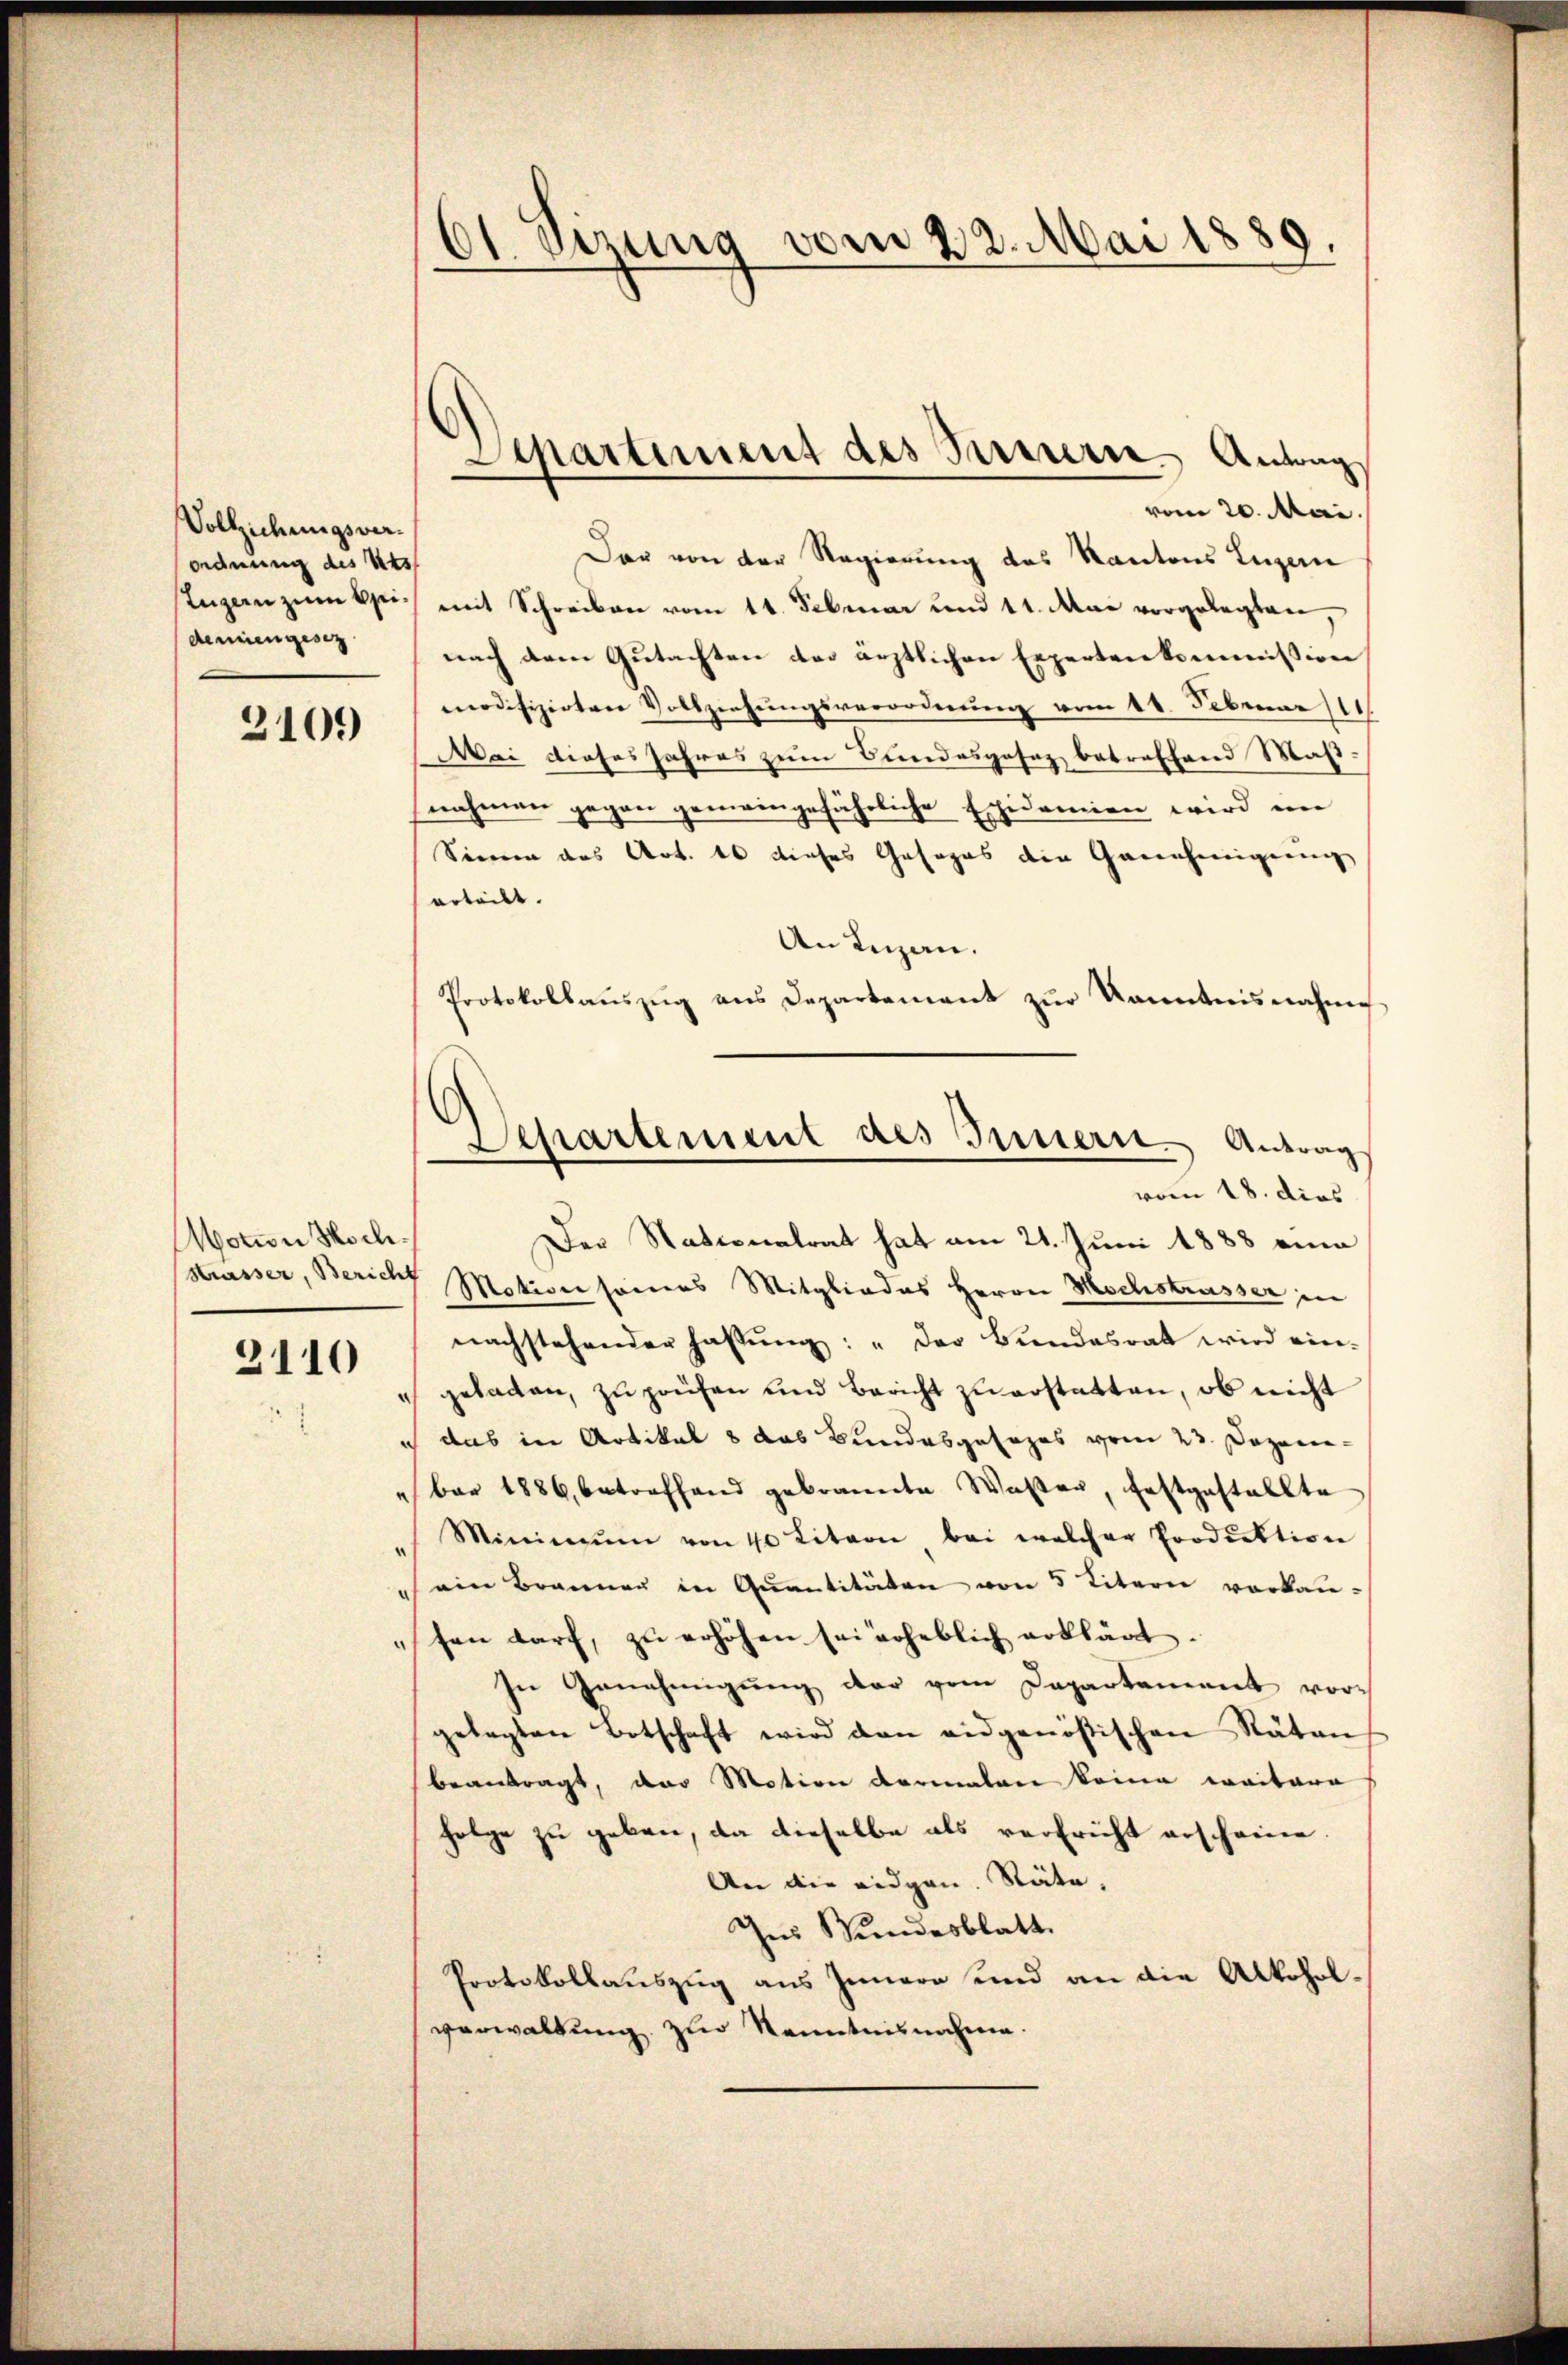
Vollziehungsverordnung des Urs
demien gesez

2109

Motion Hoch¬

2110

Das von der Regierung des Kantons Luzern
Eugenzŭmbpi. mit Schreiben vom 11. Februar und 11. Mai vorgelegten,
nach dem Gutachten der ärztlichen Expertenkommission
modifizirten Vollziehungsverordnung vom 11. Februar 18
Mai dieses Jahres zum Bundesgesez betreffend Maß:
nahmen gegen gemeingefährliche Epidemien wird im
Sinnen aus Art. 10 dieses Gasopas die Genehmigung
erteilt.
An Luzan.
Protokollaŭszŭg ans Departement zŭr Kenntnisnahme
Der Nationalrat hat am 21. Juni 1888 ein
strasser, Bericht Motionsames Mitgliedes Herrn Hochstrasser in
nachstehender Fassŭng: „Der Bundesrat wird ein-
 geladen, zu prüfen und Bericht zu erstatten, ob nicht
i das in Artikel 8 das Bundesgesezes vom 23. Dezem¬
 bar 1886, betreffend gebrannte Wasten, festgestellte
Minimŭm von 40 Litern bei welcher Produktion
"ein Brannen in Quantitäten von 5 Litern vorkausen darf, zu erhöhen sei erheblich erklärt.
In Genehmigŭng der vom Departement vorgelegten Botschaft wird den eidgenößischen Räten
beantragt, der Motion dermalen keine weitere
folge zu geben, da dieselbe als verfricht erscheine.
An die eidgen. Stäte,
Ins Stundesblatt.
Protokollauszug aus Innern und an die Alkohol.
verwaltung zur Kenntnisnahme.

61 Sizung vom 22. Mai 1889.

Separtiment des Innern Antrag
vom 20. Mai.

Departement des Innern. Antrag
vom 18. dies